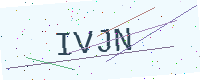
Text: IVJN